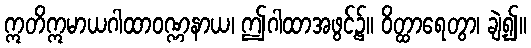
ဣတိဣမာယဂါထာဝဏ္ဏနာယ၊ ဤဂါထာအဖွင့်၌။ ဝိတ္ထာရေတွာ၊ ချဲ့၍။